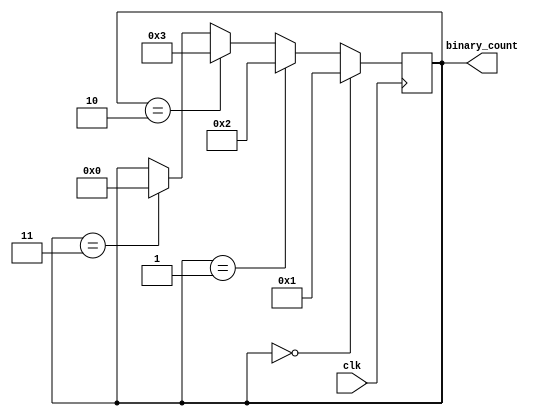
module clock_divider(
    input clk,
    output reg [3:0] binary_count
);

reg [3:0] counter;

always @(posedge clk) begin
    if (counter == 4'b0000)
        counter <= 4'b0001;
    else if (counter == 4'b0001)
        counter <= 4'b0010;
    else if (counter == 4'b0010)
        counter <= 4'b0011;
    else if (counter == 4'b0011)
        counter <= 4'b0000;
end

assign binary_count = counter;

endmodule